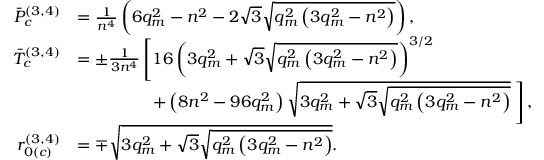
\begin{array} { r l } { \Bar { P } _ { c } ^ { ( 3 , 4 ) } } & { = \frac { 1 } { n ^ { 4 } } \left( 6 q _ { m } ^ { 2 } - n ^ { 2 } - 2 \sqrt { 3 } \sqrt { q _ { m } ^ { 2 } \left( 3 q _ { m } ^ { 2 } - n ^ { 2 } \right) } \right) , } \\ { \Bar { T } _ { c } ^ { ( 3 , 4 ) } } & { = \pm \frac { 1 } { 3 n ^ { 4 } } \left[ 1 6 \left( 3 q _ { m } ^ { 2 } + \sqrt { 3 } \sqrt { q _ { m } ^ { 2 } \left( 3 q _ { m } ^ { 2 } - n ^ { 2 } \right) } \right) ^ { 3 / 2 } \right. } \\ & { \; \; \; \; \; \; \; \; \; \; \; \; \; \; \; \; \left. + \left( 8 n ^ { 2 } - 9 6 q _ { m } ^ { 2 } \right) \sqrt { 3 q _ { m } ^ { 2 } + \sqrt { 3 } \sqrt { q _ { m } ^ { 2 } \left( 3 q _ { m } ^ { 2 } - n ^ { 2 } \right) } } \; \right] , } \\ { r _ { 0 ( c ) } ^ { ( 3 , 4 ) } } & { = \mp \sqrt { 3 q _ { m } ^ { 2 } + \sqrt { 3 } \sqrt { q _ { m } ^ { 2 } \left( 3 q _ { m } ^ { 2 } - n ^ { 2 } \right) } } . } \end{array}